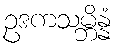
ဥဒကသမ္ဘိန္နံ